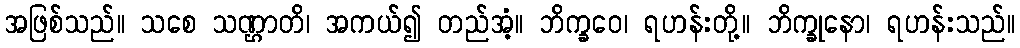
အဖြစ်သည်။ သစေ သဏ္ဌာတိ၊ အကယ်၍ တည်အံ့။ ဘိက္ခဝေ၊ ရဟန်းတို့။ ဘိက္ခုနော၊ ရဟန်းသည်။